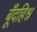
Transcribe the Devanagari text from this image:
बूँदहिश्न